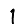
Digit: 1